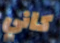
كاني